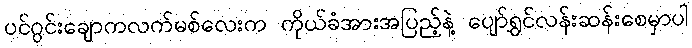
ပင်ဂွင်းချောကလက်မစ်လေးက ကိုယ်ခံအားအပြည့်နဲ့ ပျော်ရွှင်လန်းဆန်းစေမှာပါ